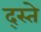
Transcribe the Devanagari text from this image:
द्स्ते